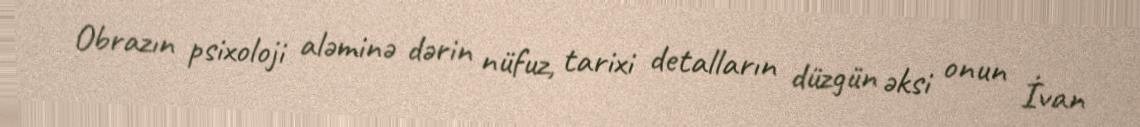
Obrazın psixoloji aləminə dərin nüfuz, tarixi detalların düzgün əksi onun İvan